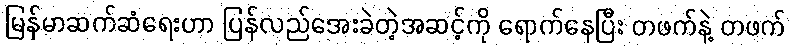
မြန်မာဆက်ဆံရေးဟာ ပြန်လည်အေးခဲတဲ့အဆင့်ကို ရောက်နေပြီး တဖက်နဲ့ တဖက်